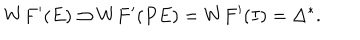
W F ^ { \prime } ( E ) \supset W F ^ { \prime } ( P E ) = W F ^ { \prime } ( I ) = \Delta ^ { \ast } .